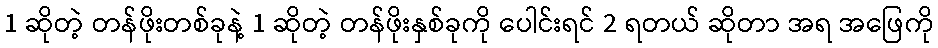
1 ဆိုတဲ့ တန်ဖိုးတစ်ခုနဲ့ 1 ဆိုတဲ့ တန်ဖိုးနှစ်ခုကို ပေါင်းရင် 2 ရတယ် ဆိုတာ အရ အဖြေကို